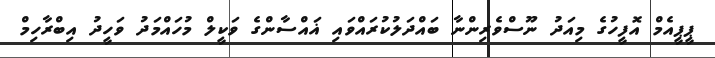
ޕީޕީއެމް އޮފީހުގެ މިއަދު ނޫސްވެރިންނާ ބައްދަލުކުރައްވައި ޣައްސާންގެ ވަކީލް މުހައްމަދު ވަހީދު އިބްރާހިމް